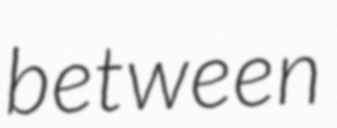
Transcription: between